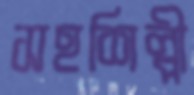
সহশিল্পী